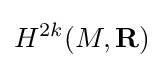
H^{2k}(M,\mathbf {R} )